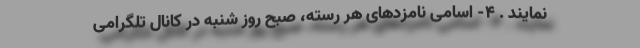
نمایند . ۴- اسامی نامزدهای هر رسته، صبح روز شنبه در کانال تلگرامی